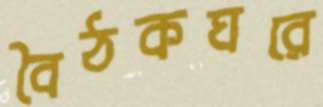
বৈঠকঘরে